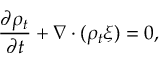
\frac { \partial \rho _ { t } } { \partial t } + \nabla \cdot ( \rho _ { t } \xi ) = 0 ,